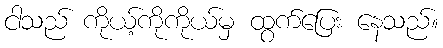
ငါသည် ကိုယ့်ကိုကိုယ်မှ ထွက်ပြေး နေသည်။